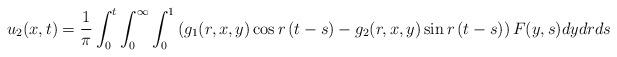
LaTeX: \begin{align*}u_2(x,t)=\frac{1}{\pi} \int_0^t \int_0^\infty \int_0^1 \left(g_1(r,x,y) \cos{r\,(t-s)} - g_2(r,x,y)\sin{r\,(t-s)} \right) F(y,s) dy dr ds\end{align*}